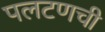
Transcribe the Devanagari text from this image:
पलटणची